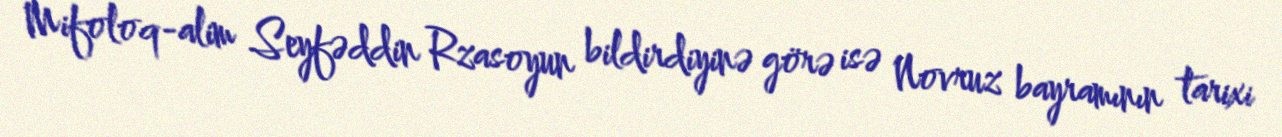
Mifoloq-alim Seyfəddin Rzasoyun bildirdiyinə görə isə Novruz bayramının tarixi